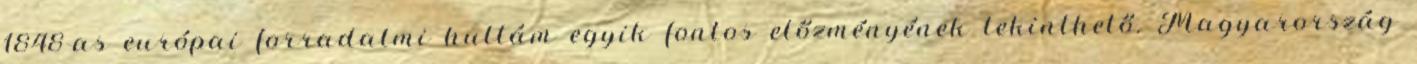
1848-as európai forradalmi hullám egyik fontos előzményének tekinthető. Magyarország